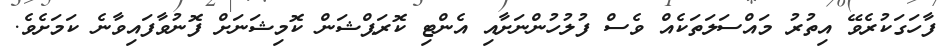
ފާހަގަކުރެވޭ އިތުރު މައްސަލަތަކެއް ވެސް ފުލުހުންނަށާއި އެންޓި ކޮރަޕްޝަން ކޮމިޝަނަށް ފޮނުވާފައިވާނެ ކަމަށެވެ.